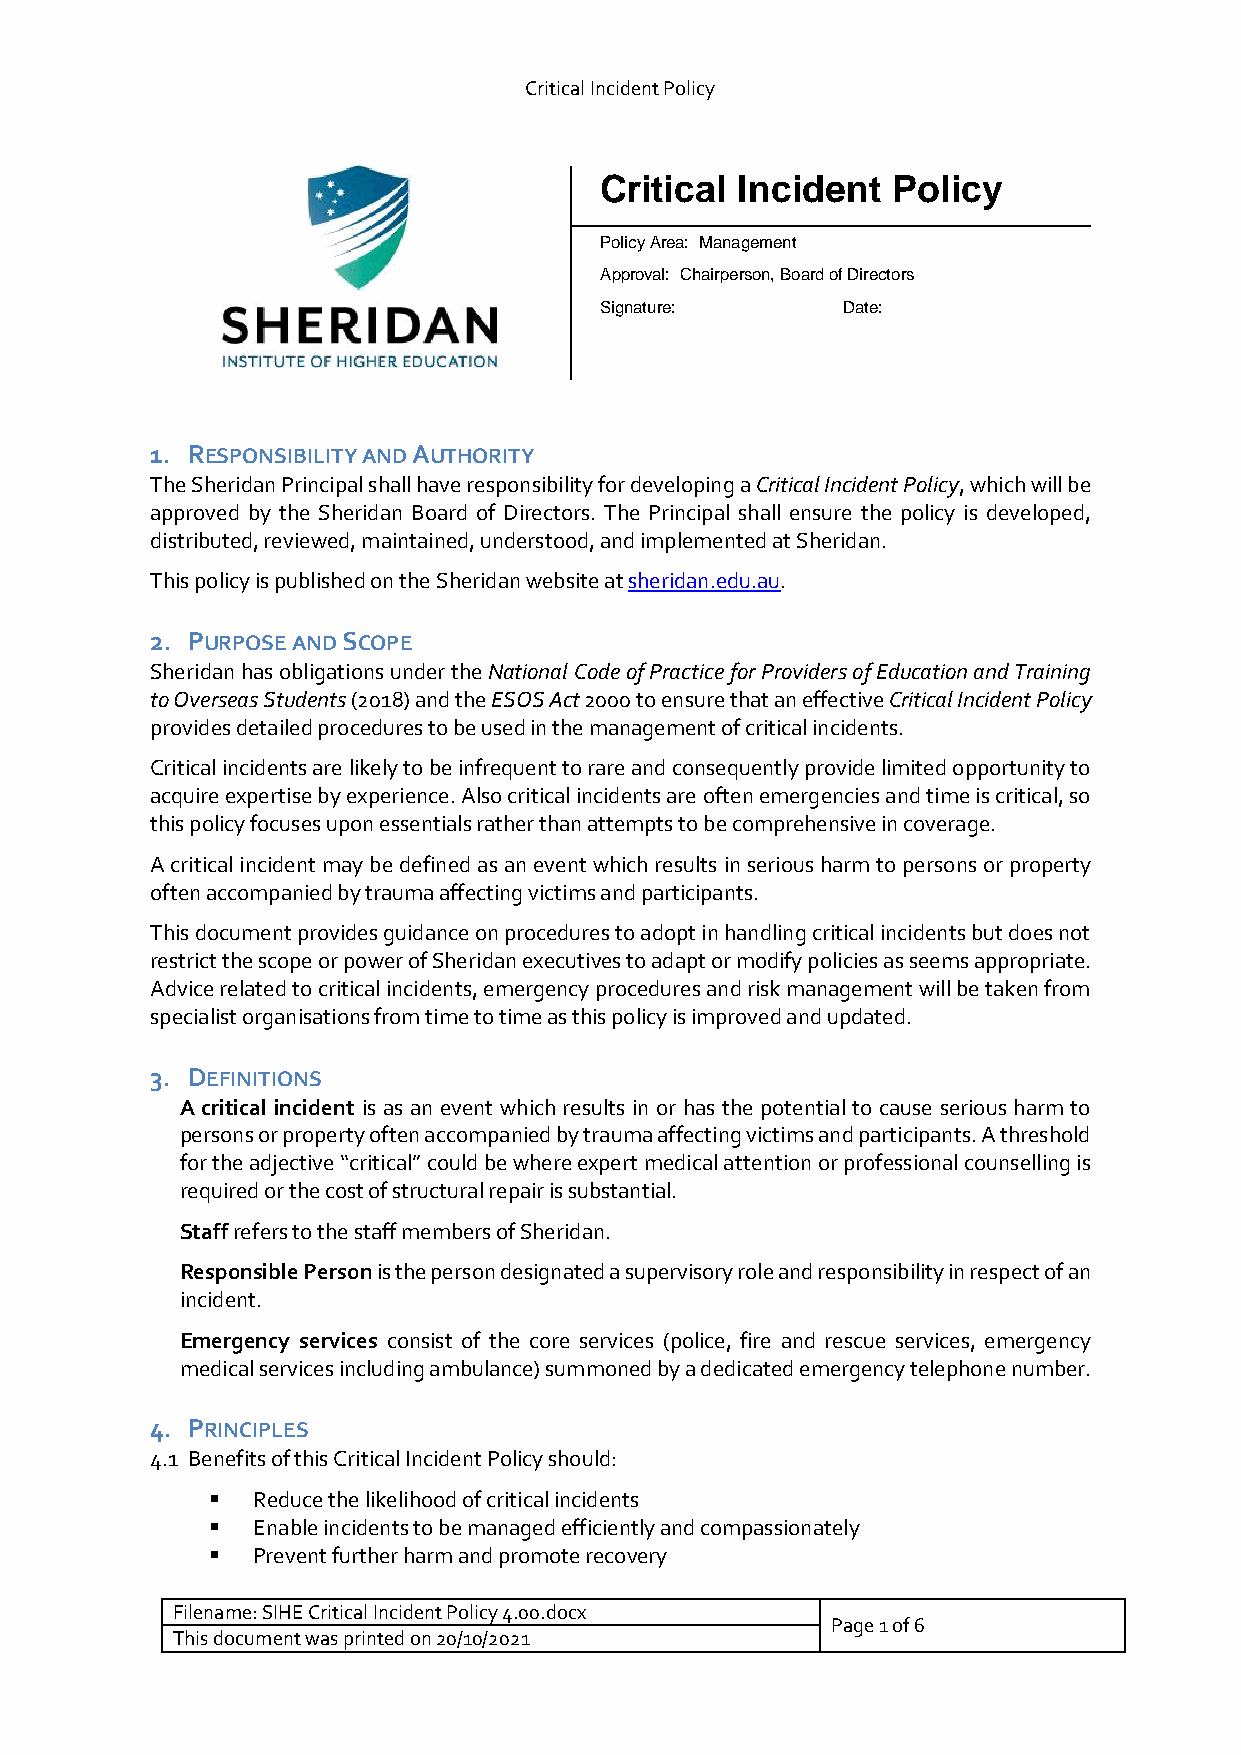
Critical Incident Policy
 Critical Incident  Policy
 Policy Area: Management
 Approval: Chairperson, Board of Directors
 Signature:      Date:
 1. RESPONSIBILITY AND AUTHORITY
 The Sheridan Principal shall have responsibility for developing a Critical Incident Policy, which will be
 approved by the Sheridan Board of Directors. The Principal shall ensure the policy is developed,
 distributed, reviewed, maintained, understood, and implemented at Sheridan.
 This policy is published on the Sheridan website at sheridan.edu.au.
 2. PURPOSE AND SCOPE
 Sheridan has obligations under the National Code of Practice for Providers of Education and Training
 to Overseas Students (2018) and the ESOS Act 2000 to ensure that an effective Critical Incident Policy
 provides detailed procedures to be used in the management of critical incidents.
 Critical incidents are likely to be infrequent to rare and consequently provide limited opportunity to
 acquire expertise by experience. Also critical incidents are often emergencies and time is critical, so
 this policy focuses upon essentials rather than attempts to be comprehensive in coverage.
 A critical incident may be defined as an event which results in serious harm to persons or property
 often accompanied by trauma affecting victims and participants.
 This document provides guidance on procedures to adopt in handling critical incidents but does not
 restrict the scope or power of Sheridan executives to adapt or modify policies as seems appropriate.
 Advice related to critical incidents, emergency procedures and risk management will be taken from
 specialist organisations from time to time as this policy is improved and updated.
 3. DEFINITIONS
 A critical incident is as an event which results in or has the potential to cause serious harm to
 persons or property often accompanied by trauma affecting victims and participants. A threshold
 for the adjective “critical” could be where expert medical attention or professional counselling is
 required or the cost of structural repair is substantial.
 Staff refers to the staff members of Sheridan.
 Responsible Person is the person designated a supervisory role and responsibility in respect of an
 incident.
 Emergency services consist of the core services (police, fire and rescue services, emergency
 medical services including ambulance) summoned by a dedicated emergency telephone number.
 4. PRINCIPLES
 4.1 Benefits of this Critical Incident Policy should:
   Reduce the likelihood of critical incidents
   Enable incidents to be managed efficiently and compassionately
   Prevent further harm and promote recovery
 Filename: SIHE Critical Incident Policy 4.00.docx
 Page 1 of 6
 This document was printed on 20/10/2021